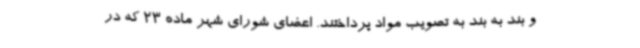
و بند به بند به تصویب مواد پرداختند. اعضای شورای شهر ماده 23 که در